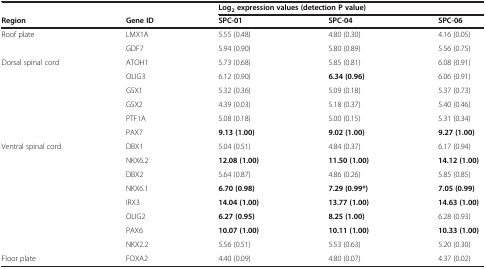
<table><thead><tr><td colspan="2"><b> </b></td><td colspan="3"><b>Log<sub>2 </sub>expression values (detection P value)</b></td></tr><tr><td><b>Region</b></td><td><b>Gene ID</b></td><td><b>SPC-01</b></td><td><b>SPC-04</b></td><td><b>SPC-06</b></td></tr></thead><tbody><tr><td rowspan="2">Roof plate</td><td>LMX1A</td><td>5.55 (0.48)</td><td>4.80 (0.30)</td><td>4.16 (0.05)</td></tr><tr><td>GDF7</td><td>5.94 (0.90)</td><td>5.80 (0.89)</td><td>5.56 (0.75)</td></tr><tr><td rowspan="6">Dorsal spinal cord</td><td>ATOH1</td><td>5.73 (0.68)</td><td>5.85 (0.81)</td><td>6.08 (0.91)</td></tr><tr><td>OLIG3</td><td>6.12 (0.90)</td><td><b>6.34 (0.96)</b></td><td>6.06 (0.91)</td></tr><tr><td>GSX1</td><td>5.32 (0.36)</td><td>5.09 (0.18)</td><td>5.37 (0.73)</td></tr><tr><td>GSX2</td><td>4.39 (0.03)</td><td>5.18 (0.37)</td><td>5.40 (0.46)</td></tr><tr><td>PTF1A</td><td>5.08 (0.18)</td><td>5.00 (0.15)</td><td>5.31 (0.34)</td></tr><tr><td>PAX7</td><td><b>9.13 (1.00)</b></td><td><b>9.02 (1.00)</b></td><td><b>9.27 (1.00)</b></td></tr><tr><td rowspan="8">Ventral spinal cord</td><td>DBX1</td><td>5.04 (0.51)</td><td>4.84 (0.37)</td><td>6.17 (0.94)</td></tr><tr><td>NKX6.2</td><td><b>12.08 (1.00)</b></td><td><b>11.50 (1.00)</b></td><td><b>14.12 (1.00)</b></td></tr><tr><td>DBX2</td><td>5.64 (0.87)</td><td>4.86 (0.26)</td><td>5.85 (0.85)</td></tr><tr><td>NKX6.1</td><td><b>6.70 (0.98)</b></td><td><b>7.29 (0.99*)</b></td><td><b>7.05 (0.99)</b></td></tr><tr><td>IRX3</td><td><b>14.04 (1.00)</b></td><td><b>13.77 (1.00)</b></td><td><b>14.63 (1.00)</b></td></tr><tr><td>OLIG2</td><td><b>6.27 (0.95)</b></td><td><b>8.25 (1.00)</b></td><td>6.28 (0.93)</td></tr><tr><td>PAX6</td><td><b>10.07 (1.00)</b></td><td><b>10.11 (1.00)</b></td><td><b>10.33 (1.00)</b></td></tr><tr><td>NKX2.2</td><td>5.56 (0.51)</td><td>5.53 (0.63)</td><td>5.20 (0.30)</td></tr><tr><td>Floor plate</td><td>FOXA2</td><td>4.40 (0.09)</td><td>4.80 (0.07)</td><td>4.37 (0.02)</td></tr></tbody></table>